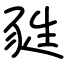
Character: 甤